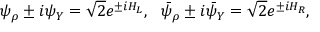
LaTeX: \psi _ { \rho } \pm i \psi _ { Y } = \sqrt { 2 } e ^ { \pm i H _ { L } } , ~ ~ \bar { \psi } _ { \rho } \pm i \bar { \psi } _ { Y } = \sqrt { 2 } e ^ { \pm i H _ { R } } ,